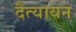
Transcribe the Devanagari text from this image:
दैत्यायन